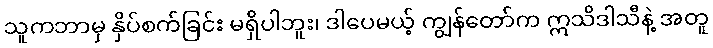
သူကဘာမှ နှိပ်စက်ခြင်း မရှိပါဘူး၊ ဒါပေမယ့် ကျွန်တော်က ဣသိဒါသီနဲ့ အတူ